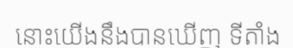
នោះយើងនឹងបានឃើញ ទីតាំង